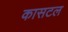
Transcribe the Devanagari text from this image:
कासटल